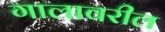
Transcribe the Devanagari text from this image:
गालावरील